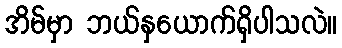
အိမ်မှာ ဘယ်နှယောက်ရှိပါသလဲ။